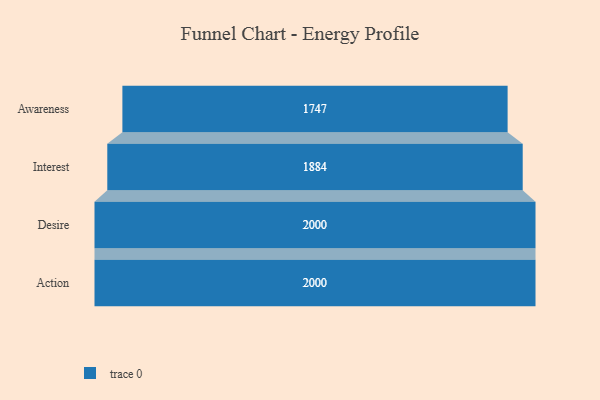
{"axis": {"x": "Stage", "y": "Value"}, "legend": [""], "data": [{"x": "Awareness", "y": 1747.0, "type": ""}, {"x": "Interest", "y": 1884.0, "type": ""}, {"x": "Desire", "y": 2000, "type": ""}, {"x": "Action", "y": 2000, "type": ""}]}